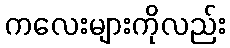
ကလေးများကိုလည်း